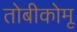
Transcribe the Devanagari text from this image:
तोबीकोमू